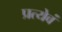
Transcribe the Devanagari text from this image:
प्रत्येवं